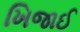
ખિજાઈ